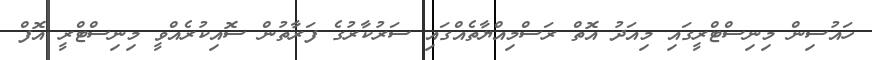
ހައުސިން މިނިސްޓްރީގައި މިއަދު އޮތް ރަސްމިއްޔާތެއްގައި ސަރުކާރުގެ ފަރާތުން ސޮއިކުރެއްވީ މިނިސްޓްރީ އޮފް